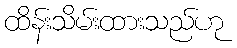
ထိန်းသိမ်းထားသည်ဟု